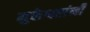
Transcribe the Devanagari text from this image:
मुक्तेश्वरांनी